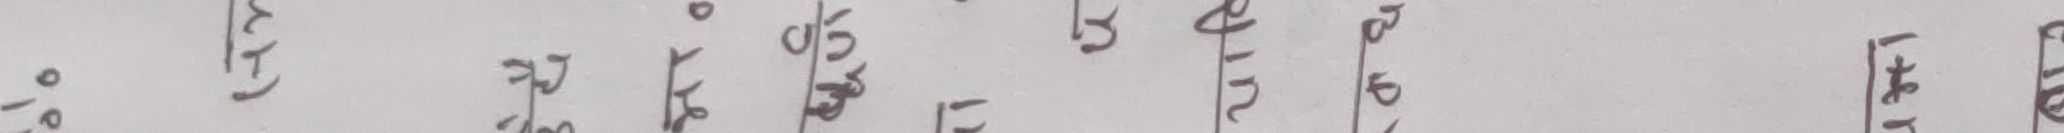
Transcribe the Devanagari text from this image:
१६/०३२ (सी) १०३०/३/०५२